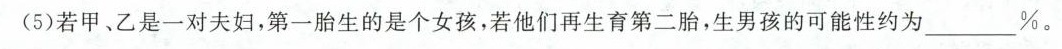
(5)若甲、乙是一对夫妇，第一胎生的是个女孩，若他们再生育第二胎，生男孩的可能性约为____%。